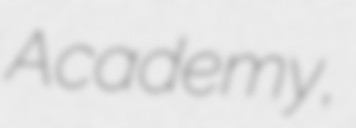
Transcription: Academy,